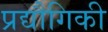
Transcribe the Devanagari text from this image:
प्रद्यौगिकी